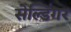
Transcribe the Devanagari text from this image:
सेल्डिंगर